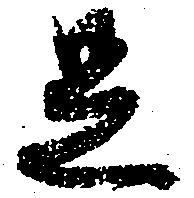
足